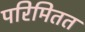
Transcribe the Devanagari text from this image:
परिमितत